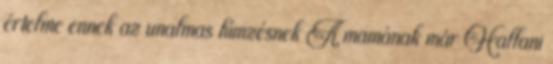
értelme ennek az unalmas hímzésnek A mamának már Hallani